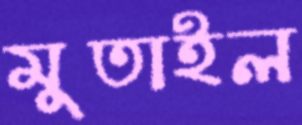
মুতাইল